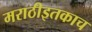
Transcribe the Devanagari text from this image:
मराठीइतकाच